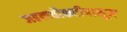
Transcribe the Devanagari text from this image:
जडत्वचौकटीपासून